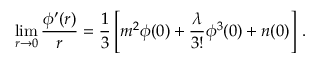
\operatorname* { l i m } _ { r \to 0 } \frac { \phi ^ { \prime } ( r ) } r = \frac 1 3 \left[ m ^ { 2 } \phi ( 0 ) + \frac \lambda { 3 ! } \phi ^ { 3 } ( 0 ) + n ( 0 ) \right] \, .